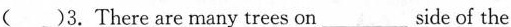
( )3. There are many trees on_________side of the